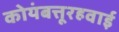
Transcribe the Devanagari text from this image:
कोयंबत्तूरहवाई